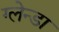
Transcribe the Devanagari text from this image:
ग्लेन्डा